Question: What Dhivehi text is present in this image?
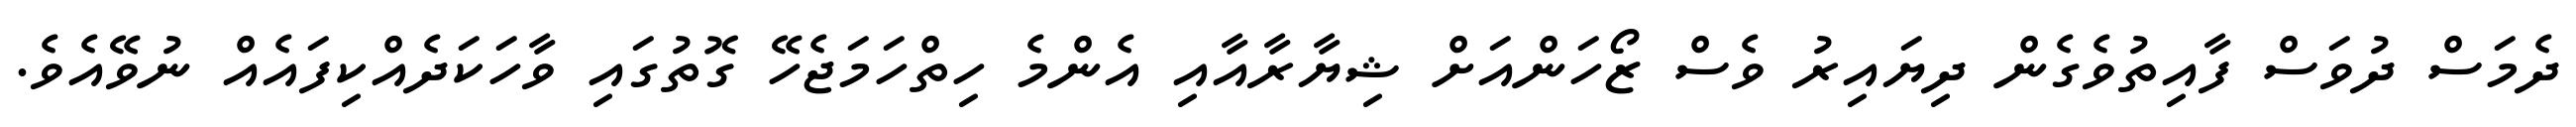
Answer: ދެމަސް ދުވަސް ފާއިތުވެގެން ދިޔައިރު ވެސް ޒޯހަންއަށް ޝިޔާރާއާއި އެންމެ ހިތްހަމަޖެހޭ ގޮތުގައި ވާހަކަދެއްކިފައެއް ނުވޭއެވެ.